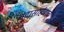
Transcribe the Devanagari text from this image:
चंदासाहेबाचे